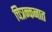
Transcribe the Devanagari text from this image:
चित्रन्कनात